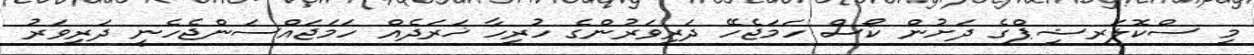
މި ސްކޮލަރޝިޕްގެ ދަށުން ކޯސް ހަމަޖެހޭ ދަރިވަރުންގެ ހުރިހާ ޚަރަދެއް ހަމަޖައްސަންޖެހެނީ ދަރިވަރު